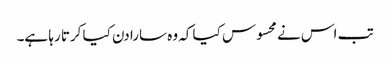
تب اس نے محسوس کیا کہ وہ سارا دن کیا کرتا رہا ہے۔